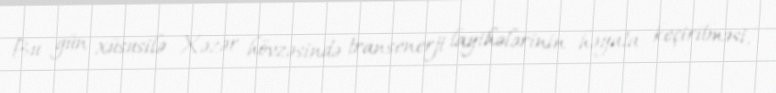
Bu gün xüsusilə Xəzər hövzəsində transenerji layihələrinin həyata keçirilməsi,